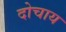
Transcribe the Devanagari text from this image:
दोचाय